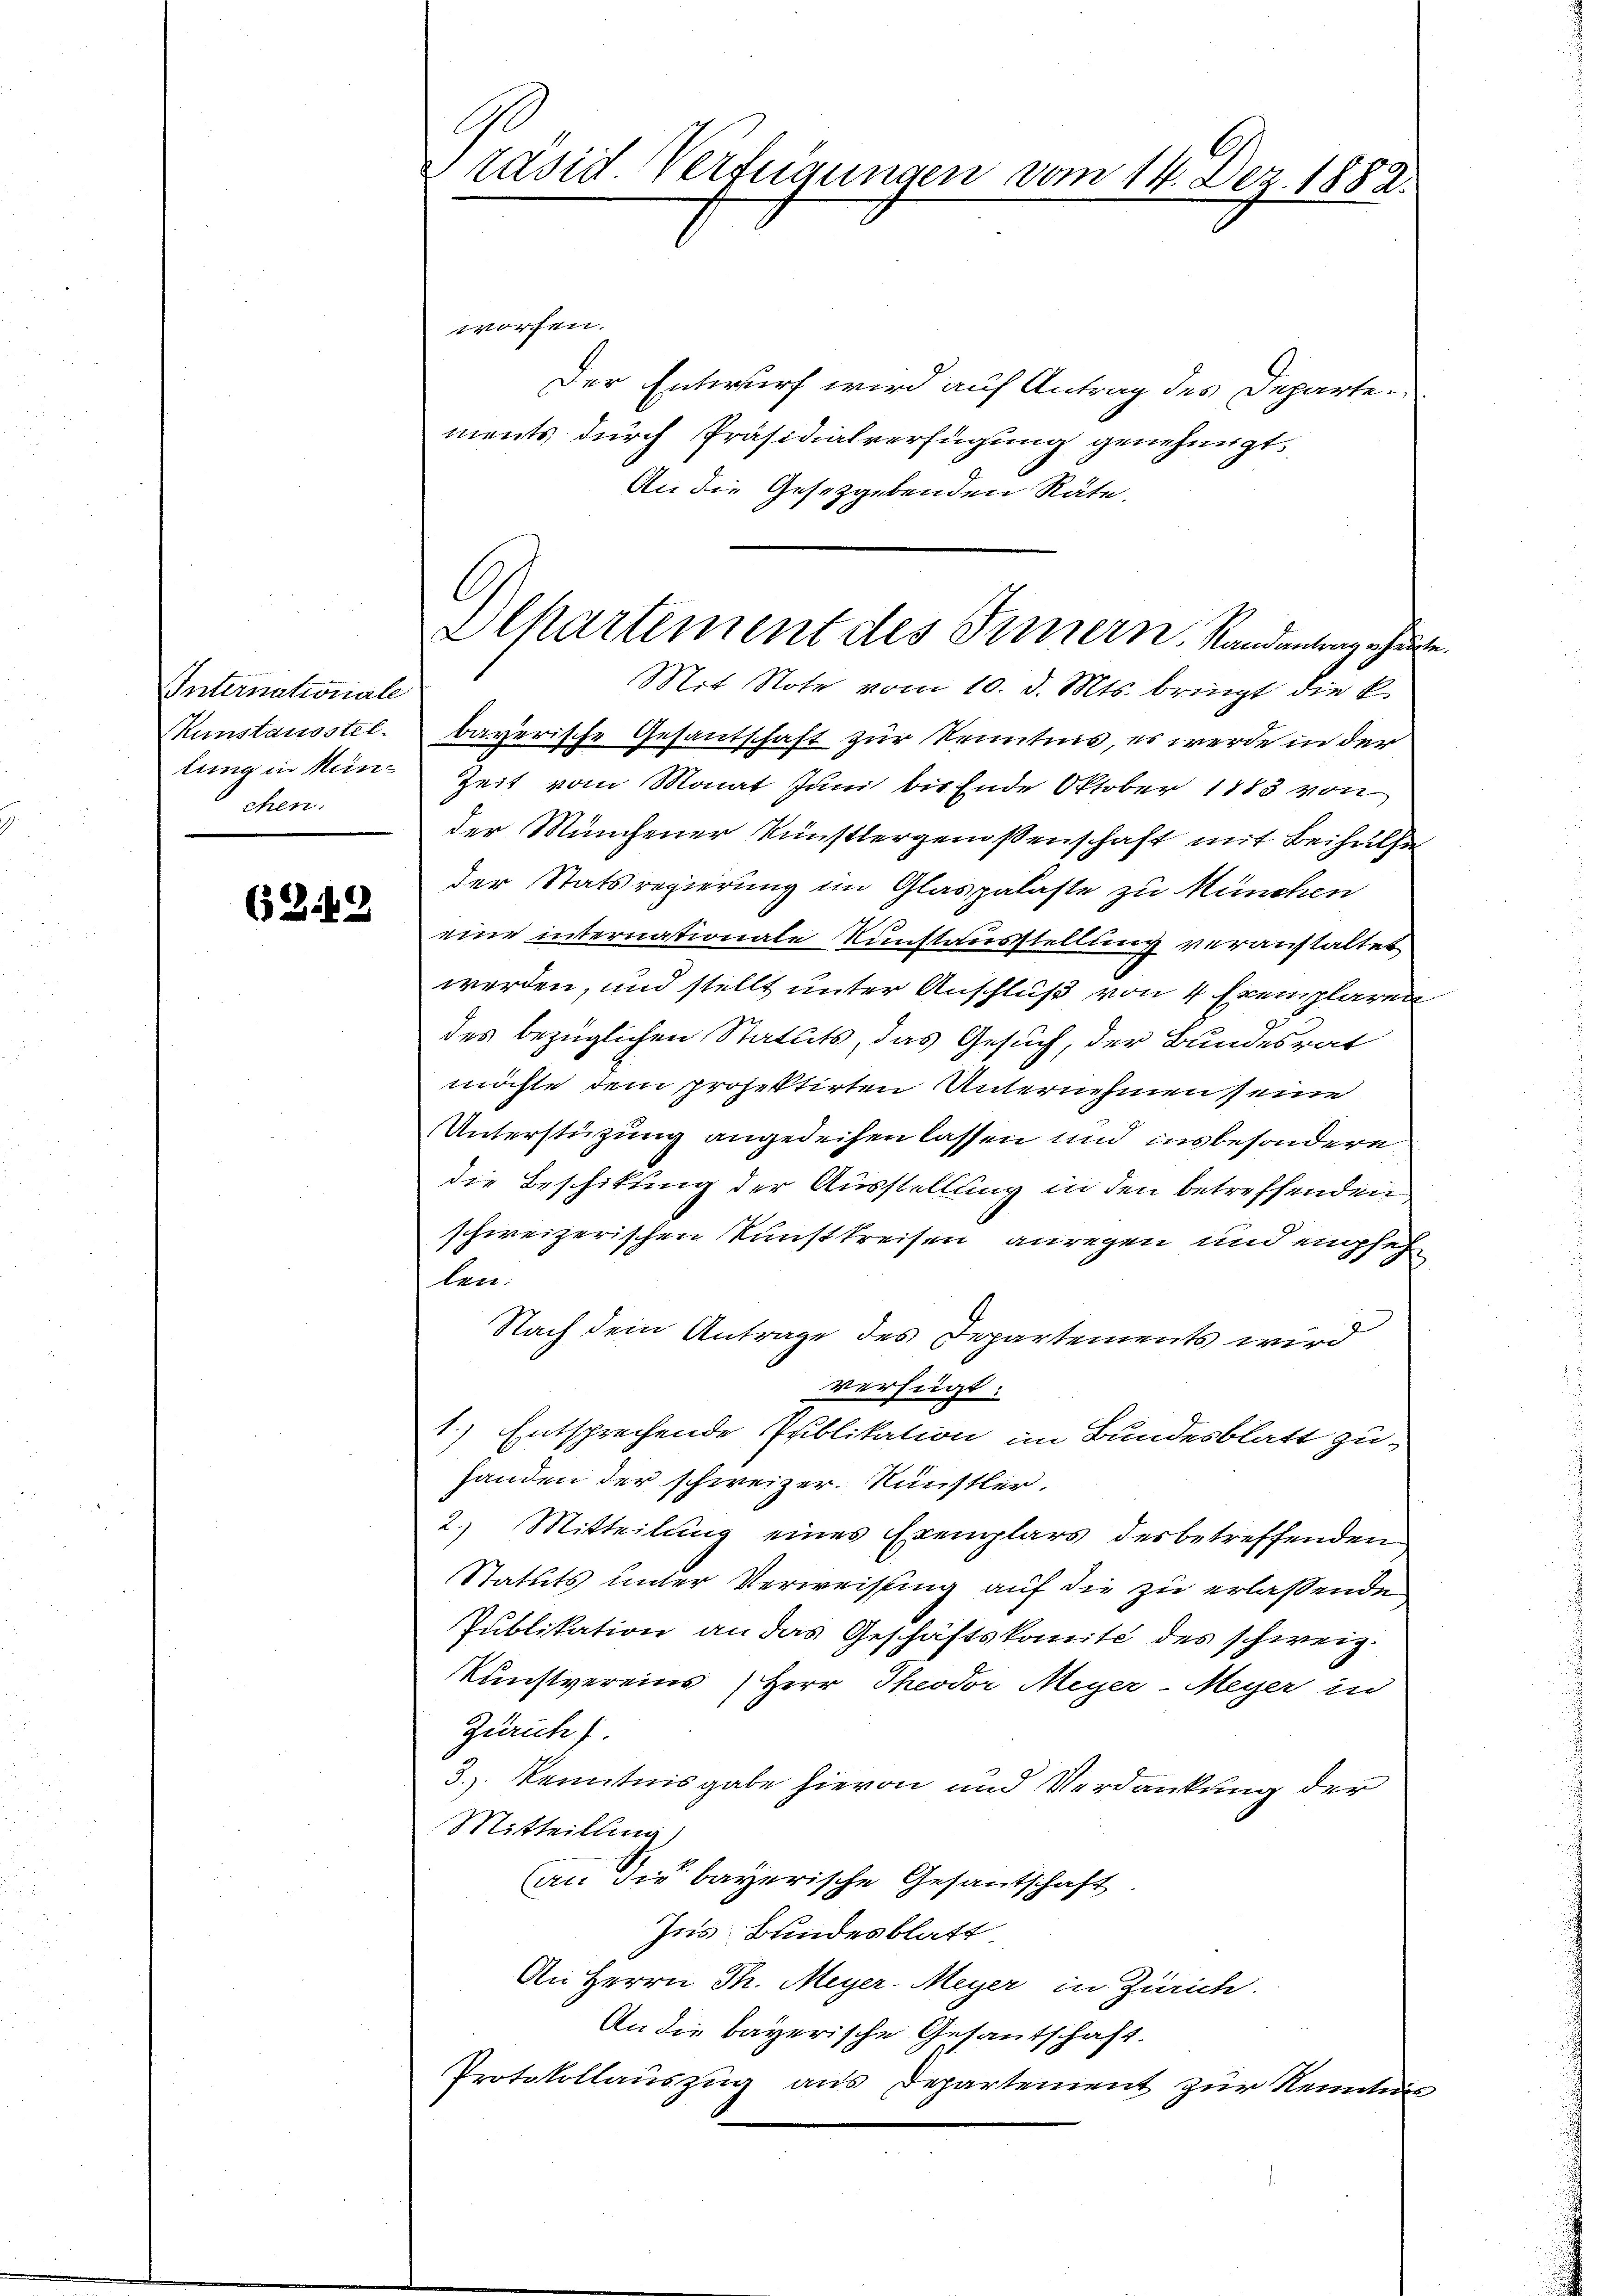
Internationale
Kunstausstel.
lung in Menchen.

62.19

rasid Verfügungen vom 14. Dez. 1882.

worfen.
Der Entwurf wird auf Antrag des Departements durch Präsidialverfügung genehmigt.
An die Gesetzgebenden Räte.
Mit Note vom 10. d. Mts. bringt die k.
bayerische Gesantschaft zur Kenntnis, es werde in der
Zeit vom Monat Juni bis Ende Oktober 1885 von
der Münchener Künstlergenossenschaft mit Beihülfe
der Statsregierung im Glaspalaste zu München
eine internationale Kunstausstellung veranstaltet
werden, und stellt unter Anschluß von 4 Exemplaren
des bezüglichen Statuts, das Gesuch, der Bundesrat
möchte dem projektirten Unternehmen seine
Unterstützung angedeihen lassen und insbesondere
die Beschikung der Ausstellung in den betreffenden
schweizerischen Kunstkreisen anregen und empfeh
len:
Nach dem Antrage des Departements wird
verfügt:
1.) Entsprechende Publikation im Bundesblatt zu
handen der schweizer. Nünstler.
2.) Mitteilung eines Exemplars der betreffenden
Statuts unter Verweisung auf die zu erlaßende
Publikation an das Geschäftskomité des schweiz.
Kunstvereins Herr Theodor Meyer-Meyer in
Zürich).
3.) Kenntnisgabe hievon und Verdankung der
Mitteilung)
an die bayerische Gesantschaft.
Ins Bundesblatt
An Herrn Th. Meyer-Meyer in Zürich.
An die bayerische Gesantschaft.
Protokollauszug aus Departement zur Kenntnis

l
Departement des Innern. Randantergeher

b